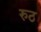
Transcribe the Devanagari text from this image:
रुठ